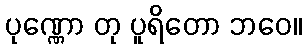
ပုဏ္ဏော တု ပူရိတော ဘဝေ။